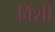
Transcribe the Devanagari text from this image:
विंशी